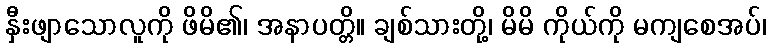
နှီးဖျာသောလူကို ဖိမိ၏၊ အနာပတ္တိ။ ချစ်သားတို့၊ မိမိ ကိုယ်ကို မကျစေအပ်၊